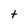
Character: t